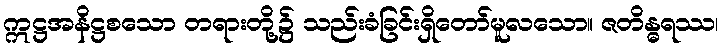
ဣဋ္ဌအနိဋ္ဌစသော တရားတို့၌ သည်းခံခြင်းရှိတော်မူလသော။ ဇတိန္ဓရဿ၊